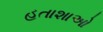
હતાશાઓ